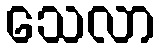
သေလာ